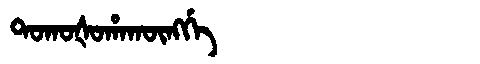
Manchu: ᡨᠣᡴᠣᡧᠣᡥᠠᡴᡡᠩᡤᡝ
Romanization: TOKOŠOHAKŪNGGE